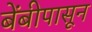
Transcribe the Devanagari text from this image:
बेंबीपासून